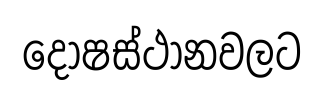
දෝෂස්ථානවලට